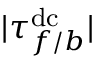
| \tau _ { f / b } ^ { \mathrm { d c } } |